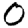
Digit: 0